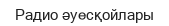
Радио әуесқойлары